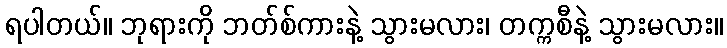
ရပါတယ်။ ဘုရားကို ဘတ်စ်ကားနဲ့ သွားမလား၊ တက္ကစီနဲ့ သွားမလား။